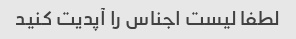
لطفا لیست اجناس را آپدیت کنید